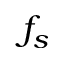
f _ { s }